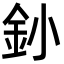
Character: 釥